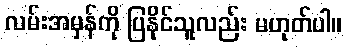
လမ်းအမှန်ကို ပြနိုင်သူလည်း မဟုတ်ပါ။